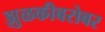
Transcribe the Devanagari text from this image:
झुळकीबरोबर